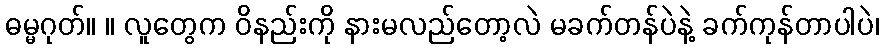
ဓမ္မဂုတ်။ ။ လူတွေက ဝိနည်းကို နားမလည်တော့လဲ မခက်တန်ပဲနဲ့ ခက်ကုန်တာပါပဲ၊